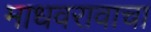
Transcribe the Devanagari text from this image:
माधवरावाचा